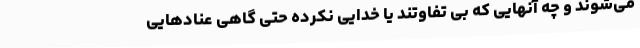
می‌شوند و چه آنهایی که بی تفاوتند یا خدایی نکرده حتی گاهی عنادهایی